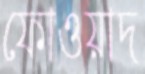
ফোওয়াদ